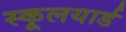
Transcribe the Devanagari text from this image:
स्कूलयार्ड